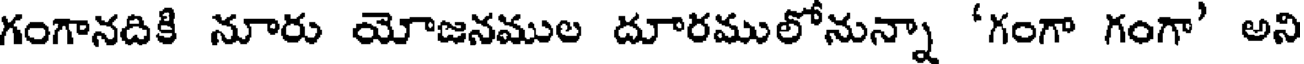
గంగానదికి నూరు యోజనముల దూరములోనున్నా 'గంగా గంగా' అని